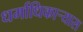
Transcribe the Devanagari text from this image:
धर्माधिकार्‍यास